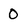
Character: 0